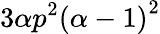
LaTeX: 3\alpha p^{2}\left(\alpha-1\right)^{2}